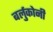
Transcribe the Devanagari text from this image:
बर्लुकोनी